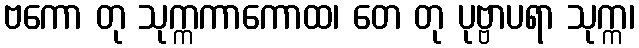
ဗကော တု သုက္ကကာကောထ၊ တေ တု ပုဗ္ဗာပရာ သုက္က၊